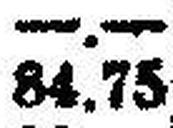
84.75